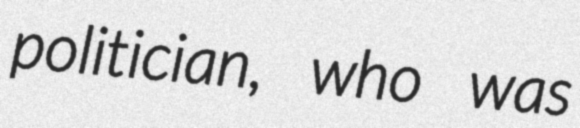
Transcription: politician, who was